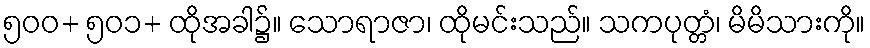
၅၀၀+ ၅၀၁+ ထိုအခါ၌။ သောရာဇာ၊ ထိုမင်းသည်။ သကပုတ္တံ၊ မိမိသားကို။